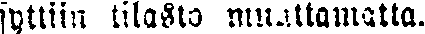
syttiin tilasto muuttamatta.